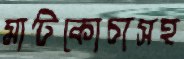
মাটিকোচাসহ